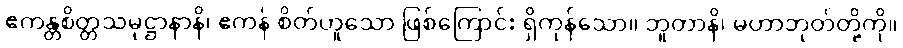
ဧကန္တစိတ္တသမုဋ္ဌာနာနိ၊ ဧကန် စိတ်ဟူသော ဖြစ်ကြောင်း ရှိကုန်သော။ ဘူတာနိ၊ မဟာဘုတ်တို့ကို။